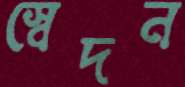
স্বেদন